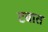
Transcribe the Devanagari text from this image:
टबात